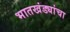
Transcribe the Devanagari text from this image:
भातखंड्यांचा